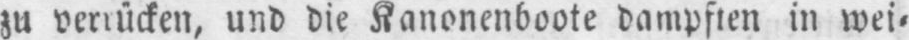
zu verrücken, und die Kanonenboote dampften in wei⸗